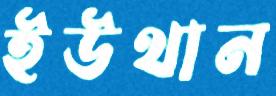
ইউথান